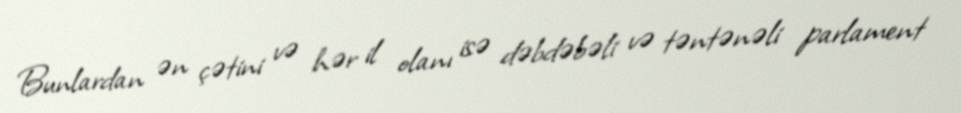
Bunlardan ən çətini və hər il olanı isə dəbdəbəli və təntənəli parlament